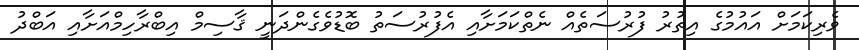
ވެރިކަމަށް އައުމުގެ އިތުރު ފުރުސަތެއް ނެތްކަމަށާއި އެފުރުސަތު ބޮޑުވެގެންދަނީ ޤާސިމް އިބްރާހިމްއަށާއި އަބްދު